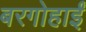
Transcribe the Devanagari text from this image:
बरगोहाईं